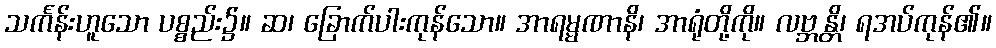
သင်္ကန်းဟူသော ပစ္စည်း၌။ ဆ၊ ခြောက်ပါးကုန်သော။ အာရမ္မဏာနိ၊ အာရုံတို့ကို။ လဗ္ဘန္တိ၊ ရအပ်ကုန်၏။